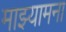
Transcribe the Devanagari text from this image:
माझ्यामना